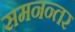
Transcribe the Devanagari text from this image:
समनन्तर